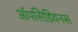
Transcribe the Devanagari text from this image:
ऑपसिडियनस